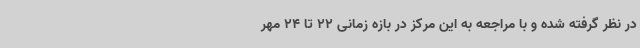
در نظر گرفته شده و با مراجعه به این مرکز در بازه زمانی 22 تا 24 مهر